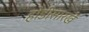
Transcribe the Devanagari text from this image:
होडीसारखे